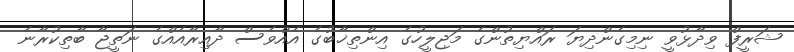
ޝަރީފް ވިދާޅުވީ ނިމިގެންދިޔަ ރައްޔިތުންގެ މަޖިލީހުގެ އިންތިޚާބުގެ އެއްވެސް ދާއިރާއެއްގެ ނަތީޖާ ބާތިކުރާނެ